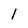
Character: 1